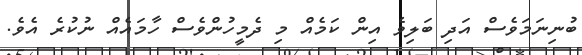
ބުނިނަމަވެސް އަދި ބަލިވެ އިން ކަމެއް މި ދެމީހުންވެސް ހާމައެއް ނުކުރެ އެވެ.